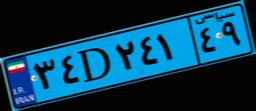
۷۰D۵۵۰۸۸